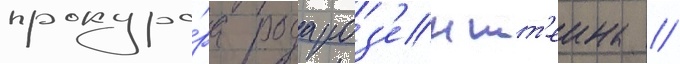
прокуро́ра рода роз'еншт'еина //